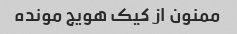
ممنون از کیک هویج مونده